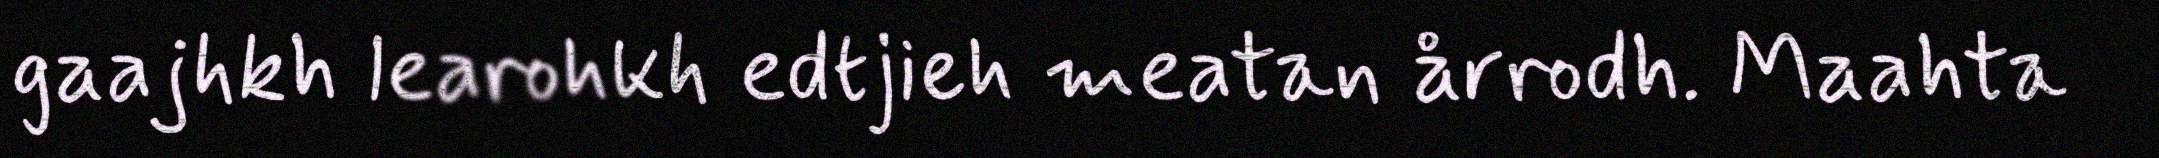
gaajhkh learohkh edtjieh meatan årrodh. Maahta